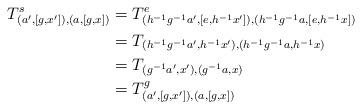
\begin{align*}T^{s}_{(a', [g, x']), (a, [g, x])}&=T^{e}_{(h^{-1}g^{-1}a', [e, h^{-1}x']),(h^{-1}g^{-1}a, [e, h^{-1}x])}\\&=T_{(h^{-1}g^{-1}a', h^{-1}x'),(h^{-1}g^{-1}a, h^{-1}x)}\\&=T_{(g^{-1}a', x'),(g^{-1}a, x)}\\&=T^{g}_{(a', [g, x']), (a, [g, x])}\end{align*}